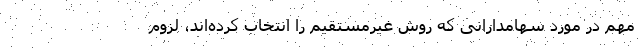
مهم در مورد سهامدارانی که روش غیرمستقیم را انتخاب کرده­اند، لزوم